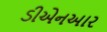
ડીએનઆર